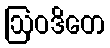
ဩဝဒိတေ